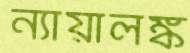
ন্যায়ালঙ্ক